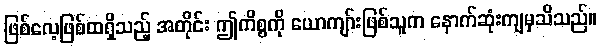
ဖြစ်လေ့ဖြစ်ထရှိသည့် အတိုင်း ဤကိစ္စကို ယောကျာ်းဖြစ်သူက နောက်ဆုံးကျမှသိသည်။